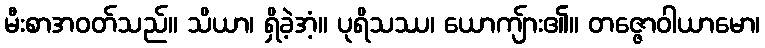
မီးစာအဝတ်သည်။ သိယာ၊ ရှိခဲ့အံ့။ ပုရိသဿ၊ ယောကျ်ား၏။ တဇ္ဇောဝါယာမော၊